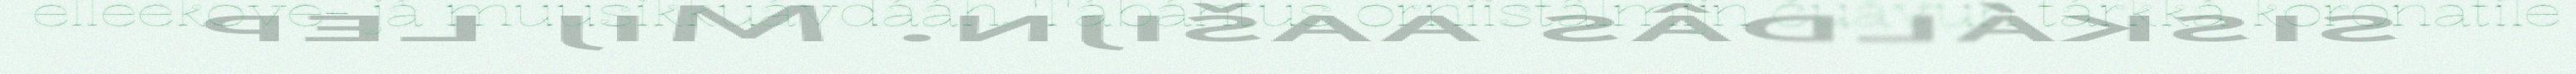
elleekove- já muusikkuávdááh. Tábáhtus orniistâlmijn čuávuh tárkká koronatile